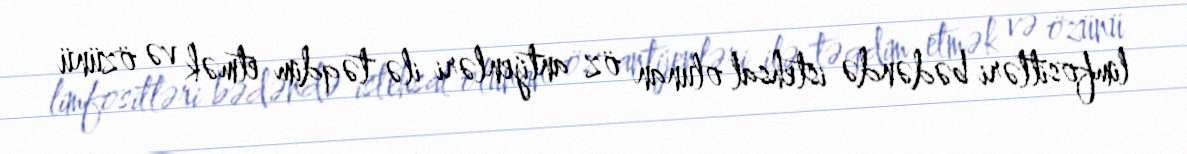
limfositləri bədəndə istehsal olunan öz antijenləri ilə təqdim etmək və özünü